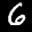
Label: 6